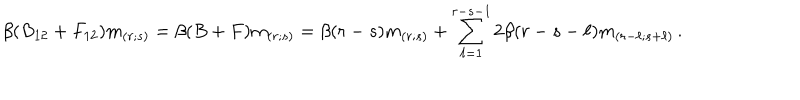
LaTeX: \beta ( B _ { 1 2 } + F _ { 1 2 } ) m _ { ( r ; s ) } = \beta ( B + F ) m _ { ( r ; s ) } = \beta ( r - s ) m _ { ( r ; s ) } + \sum _ { \ell = 1 } ^ { r - s - 1 } 2 \beta ( r - s - \ell ) m _ { ( r - \ell ; s + \ell ) } \, .